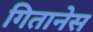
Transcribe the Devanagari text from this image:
गितानेस